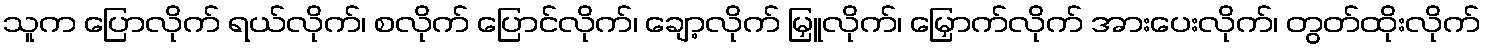
သူက ပြောလိုက် ရယ်လိုက်၊ စလိုက် ပြောင်လိုက်၊ ချော့လိုက် မြှူလိုက်၊ မြှောက်လိုက် အားပေးလိုက်၊ တွတ်ထိုးလိုက်